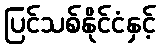
ပြင်သစ်နိုင်ငံနှင့်